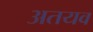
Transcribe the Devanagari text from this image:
अतयव